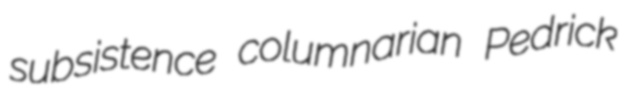
subsistence columnarian Pedrick